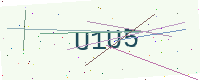
Text: U1U5